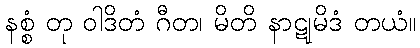
နစ္စံ တု ဝါဒိတံ ဂီတ၊ မိတိ နာဋုမိဒံ တယံ။